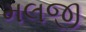
મલજી